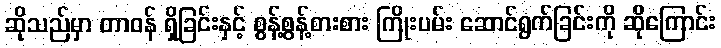
ဆိုသည်မှာ တာဝန် ရှိခြင်းနှင့် စွန့်စွန့်စားစား ကြိုးပမ်း ဆောင်ရွက်ခြင်းကို ဆိုကြောင်း